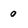
Character: O